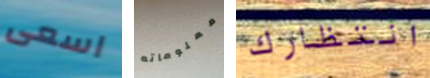
اسعى معلوماته انتظارك